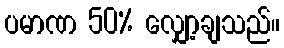
ပမာဏ 50% လျှော့ချသည်။